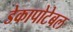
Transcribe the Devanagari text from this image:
डेकापोटेबल